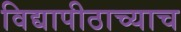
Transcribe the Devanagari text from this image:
विद्यापीठाच्याच